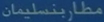
مطا،بنسلیمان